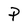
Character: P